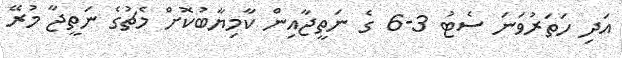
އަދި ހަތަރުވަނަ ސެޓު 3-6 ގެ ނަތީޖާއިން ކާމިޔާބުކޮށް މެޗުގެ ނަތީޖާ މުރޭ